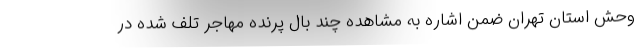
وحش استان تهران ضمن اشاره به مشاهده چند بال پرنده مهاجر تلف شده در